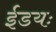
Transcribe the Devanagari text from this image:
ईडयः